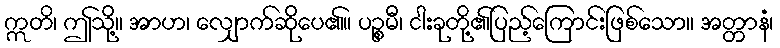
ဣတိ၊ ဤသို့။ အာဟ၊ လျှောက်ဆိုပေ၏။ ပဉ္စမီ၊ ငါးခုတို့၏ပြည့်ကြောင်းဖြစ်သော။ အတ္တာနံ၊